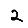
Digit: 2